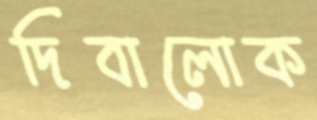
দিবালোক